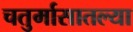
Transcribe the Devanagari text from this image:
चतुर्मासातल्या